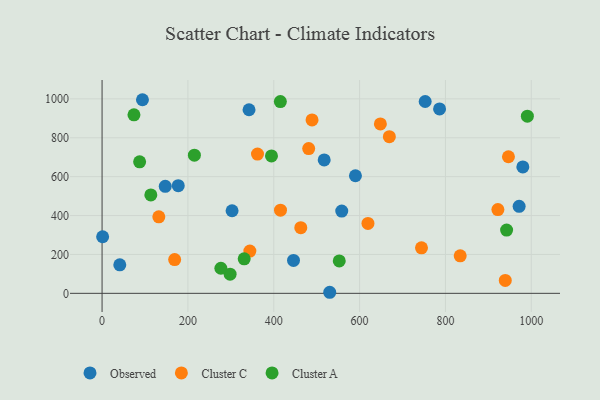
{"axis": {"x": "Engine Size", "y": "Sales"}, "legend": ["Cluster A", "Cluster C", "Observed"], "data": [{"x": "147.2", "y": 550.1, "type": "Observed"}, {"x": "752.8", "y": 986.6, "type": "Observed"}, {"x": "177.5", "y": 553.6, "type": "Observed"}, {"x": "590.3", "y": 604.8, "type": "Observed"}, {"x": "971.7", "y": 447.3, "type": "Observed"}, {"x": "94.1", "y": 995.6, "type": "Observed"}, {"x": "517.5", "y": 686.0, "type": "Observed"}, {"x": "1.3", "y": 291.1, "type": "Observed"}, {"x": "530.4", "y": 5.5, "type": "Observed"}, {"x": "302.9", "y": 424.8, "type": "Observed"}, {"x": "558.4", "y": 422.9, "type": "Observed"}, {"x": "446.0", "y": 169.2, "type": "Observed"}, {"x": "41.3", "y": 146.8, "type": "Observed"}, {"x": "786.3", "y": 948.1, "type": "Observed"}, {"x": "980.3", "y": 650.0, "type": "Observed"}, {"x": "342.4", "y": 944.0, "type": "Observed"}, {"x": "169.1", "y": 173.4, "type": "Cluster C"}, {"x": "619.5", "y": 359.4, "type": "Cluster C"}, {"x": "939.4", "y": 66.2, "type": "Cluster C"}, {"x": "946.8", "y": 702.5, "type": "Cluster C"}, {"x": "481.4", "y": 744.4, "type": "Cluster C"}, {"x": "362.1", "y": 716.3, "type": "Cluster C"}, {"x": "834.4", "y": 192.7, "type": "Cluster C"}, {"x": "415.7", "y": 427.9, "type": "Cluster C"}, {"x": "132.2", "y": 393.3, "type": "Cluster C"}, {"x": "489.2", "y": 891.8, "type": "Cluster C"}, {"x": "648.4", "y": 871.4, "type": "Cluster C"}, {"x": "922.2", "y": 430.7, "type": "Cluster C"}, {"x": "463.0", "y": 337.6, "type": "Cluster C"}, {"x": "669.3", "y": 805.5, "type": "Cluster C"}, {"x": "744.2", "y": 234.2, "type": "Cluster C"}, {"x": "344.3", "y": 217.2, "type": "Cluster C"}, {"x": "331.1", "y": 177.5, "type": "Cluster A"}, {"x": "415.4", "y": 986.3, "type": "Cluster A"}, {"x": "113.6", "y": 506.3, "type": "Cluster A"}, {"x": "87.5", "y": 676.2, "type": "Cluster A"}, {"x": "215.1", "y": 710.4, "type": "Cluster A"}, {"x": "552.6", "y": 166.8, "type": "Cluster A"}, {"x": "942.5", "y": 325.4, "type": "Cluster A"}, {"x": "394.7", "y": 706.7, "type": "Cluster A"}, {"x": "298.3", "y": 98.4, "type": "Cluster A"}, {"x": "276.8", "y": 129.1, "type": "Cluster A"}, {"x": "990.9", "y": 910.8, "type": "Cluster A"}, {"x": "74.3", "y": 918.1, "type": "Cluster A"}]}